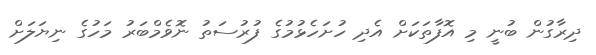
ދިރާގުން ބުނީ މި އޮފާތަކަށް އެދި ހުށަހެޅުމުގެ ފުރުސަތު ނޮވެމްބަރު މަހުގެ ނިޔަލަށް